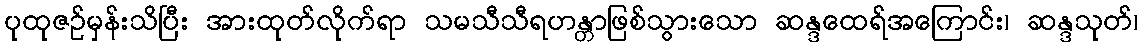
ပုထုဇဉ်မှန်းသိပြီး အားထုတ်လိုက်ရာ သမသီသီရဟန္တာဖြစ်သွားသော ဆန္ဒထေရ်အကြောင်း၊ ဆန္ဒသုတ်၊